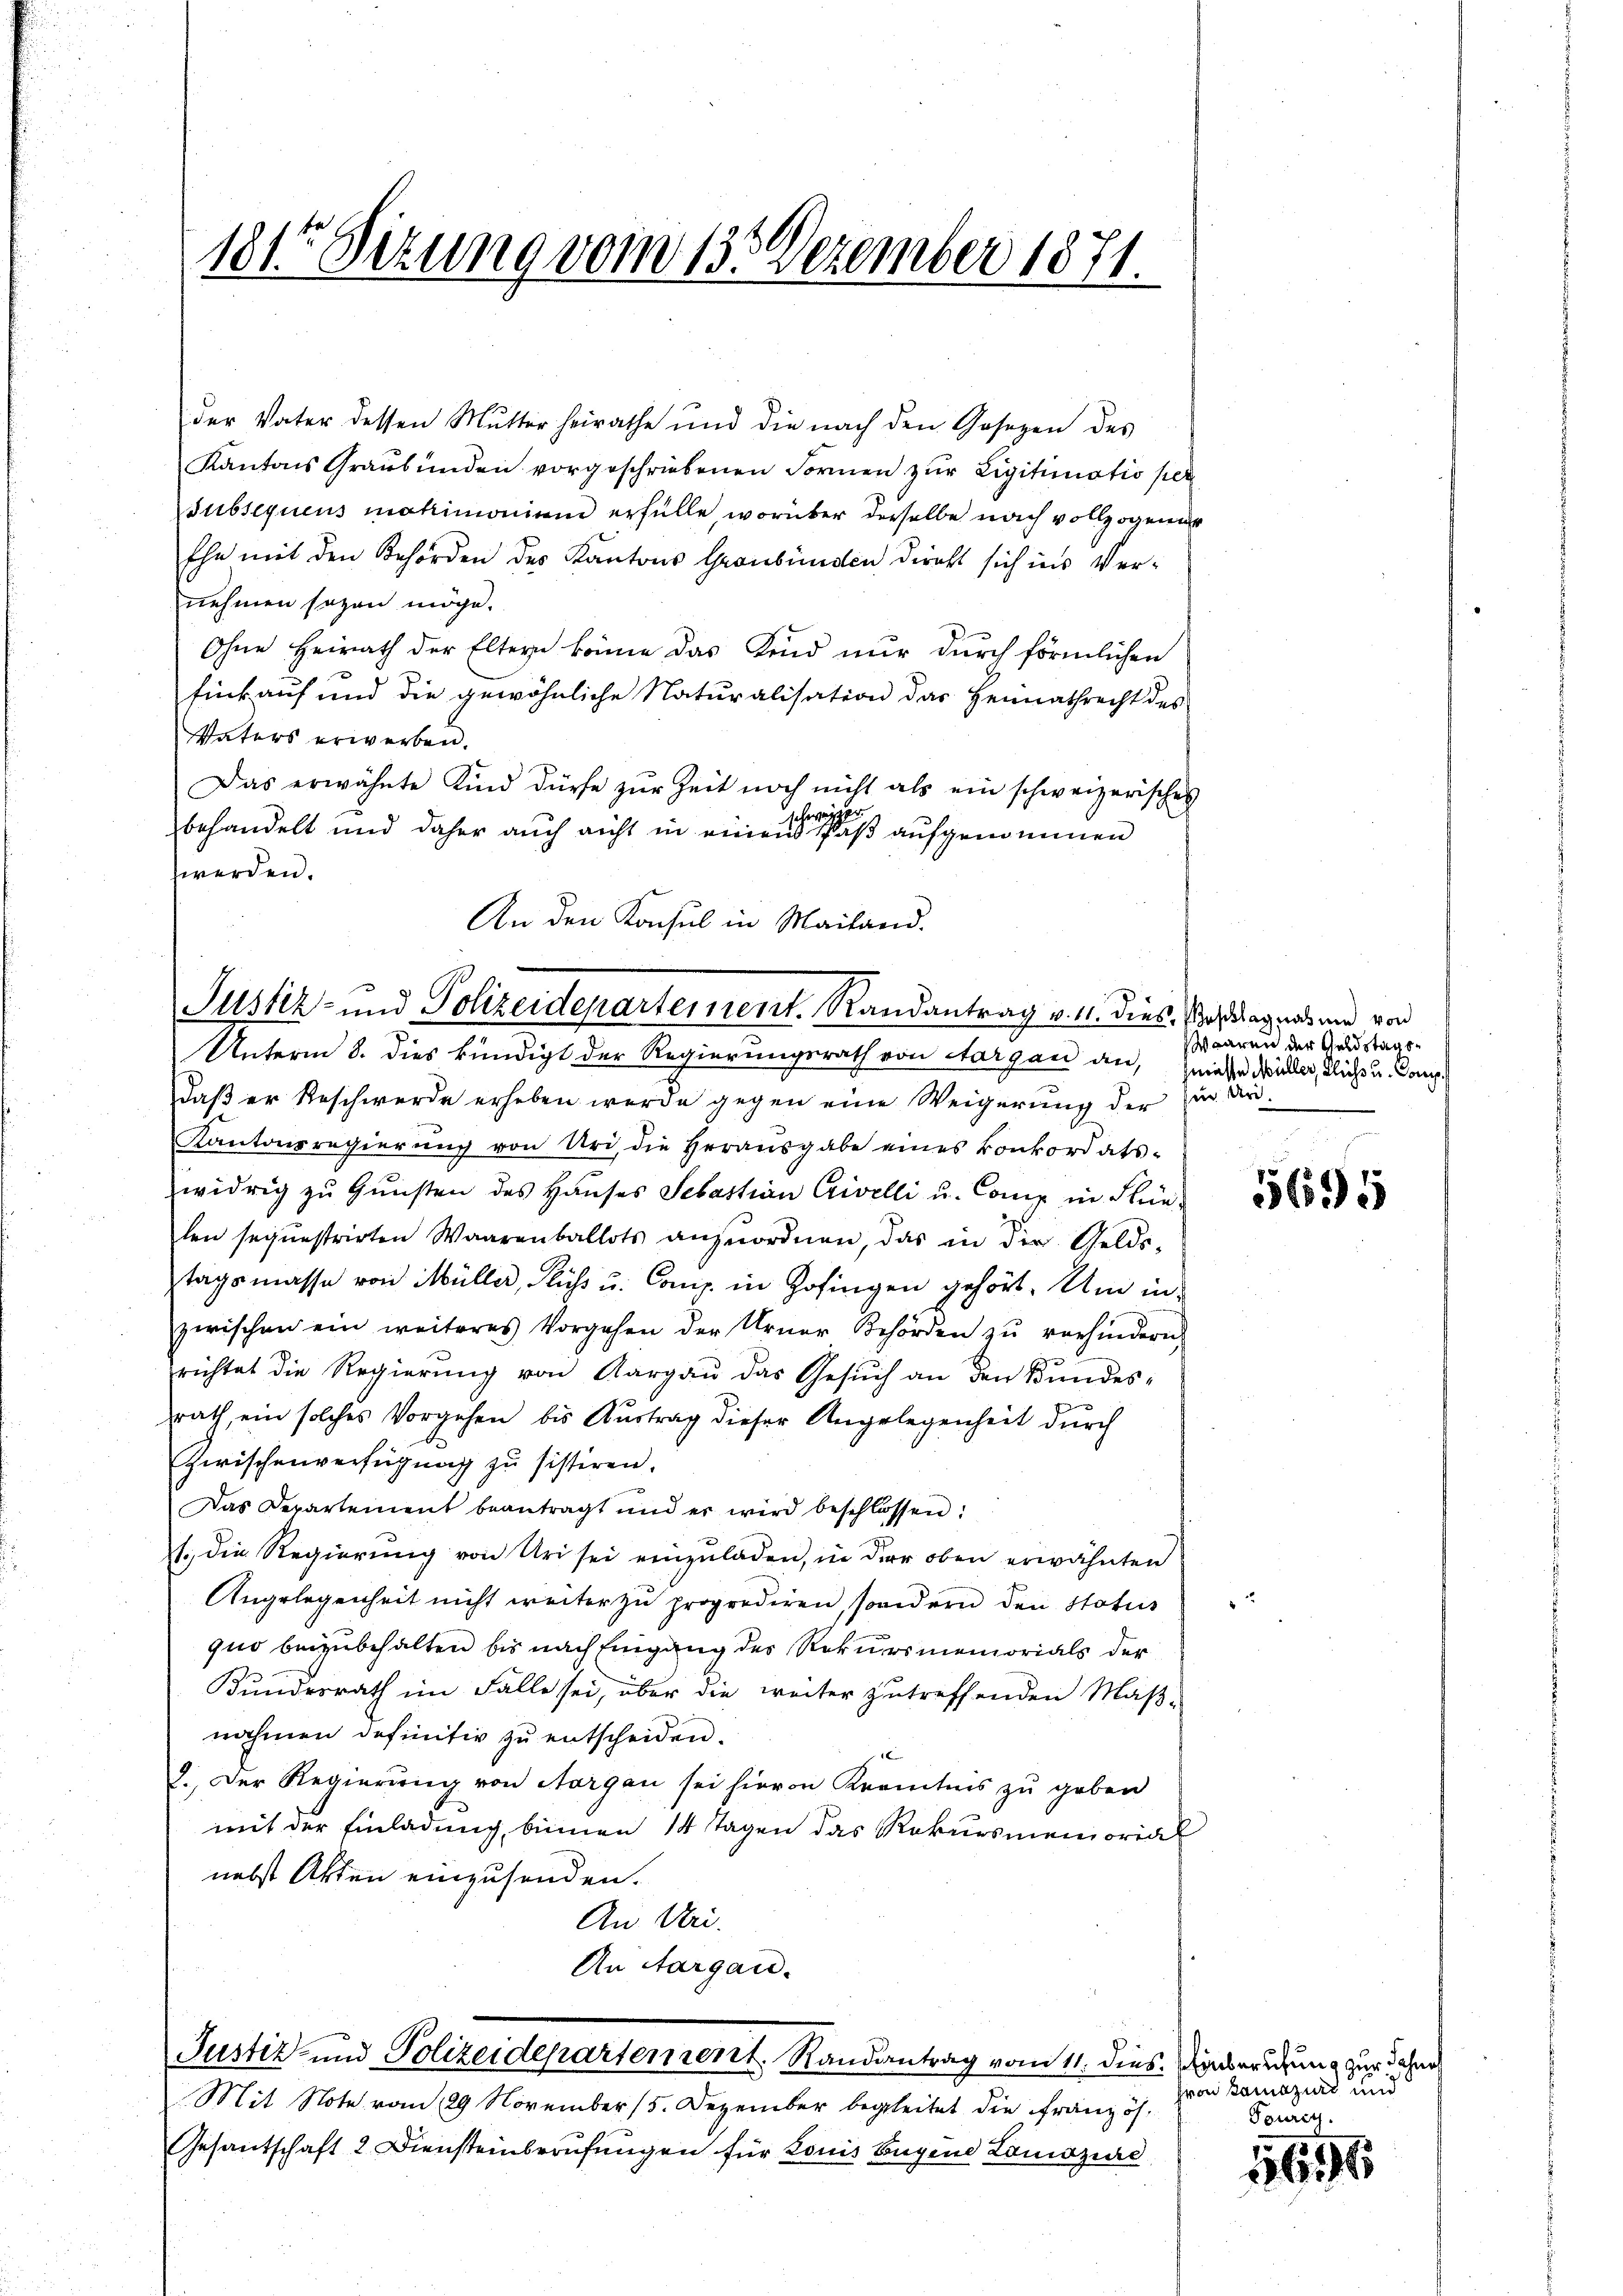
181te Sitzung vom 13. Dezember 1871.

der Vater dessen Mutter heirathe und die nach den Gesetzen des
Kantons Graubünden vorgeschriebenen Formen zŭr Eigitimatio per
Subsequens mahimonium erfülle, worüber derselbe nach vollzogener
Ehn mit den Behörden des Kantons Graubünden direkt sich ins Vernehmen sagen möge.
Ohne Heirath der Eltern könne das Kind nur durch förmlichen
fünk auf und die gewöhnliche Naturalisation das Heimathrecht des
Vaters erwerben.
Das erwähnte Kind dürfe zŭr Zeit noch nicht als ein schweizerisches
hweizer
behandelt und daher auch nicht in einen Paß aufgenommen
werden.
An den Konsul in Mailand.

Justiz- und Polizeidepartement. Randantrag v. M. dies. Nachtragens und von

Unterm 8. dies kündigt der Regierungsrath von Aargau an, wieder Müller, licht u. Comp.
daß er Reschwerde erheben werde gegen eine Weigerung der
Kantonsregierŭng von Uri, die Heraŭsgabe eines Konkordats-
widrig zŭ Gŭnsten des Haŭses Sebastian Crivelli u. Comp. in Flüe
len sequestrirten Waarenballots anzuordnen, das in die Geldstagsmasse von Müller, Fluss u. Comp. in Zofingen gehört. Um in
zwischen ein weiteres Vorgehen der Urner Behörden zŭ verhindern.
richtet die Regierung von Aargau das Gesuch an den Bundes-
rath, ein solches Vorgehen bis Austrag dieser Angelegenheit dŭrch
Zwischenverfügung zu sistiren.
Das Departement beantragt und er wird beschlossen:
1. die Regierung von Uri sei einzuladen, in der oben erwähnten
Angelegenheit nicht weiter zu proprediren, sondern den Status
quo beizubehalten bis nach Eingang des Rekursmemorials der
Kundesrath im Falle sei, über die weiter zutreffenden Maß-
nahmen definitiv zu entscheiden.
2. Der Regierung von Aargau sei hievon Krenntnis zu geben
mit der Einladung, binnen 14 Tagen das Rekursmemoria
nebst Akten einzusenden.
An Uri.
An Aargau.

Justiz- und Polizeidepartement. Randantrag vom 11. dies. Weberechung zur daher

Mit Note vom 29. November 15. Dezember begleitet die Französ.
Gesantschaft 2 Diensteinberufungen für Louis Eugene Landzure

Waaren der Geldstaat¬
 Urd

¬

5695

ron Samazirt und
Tourig.

5696